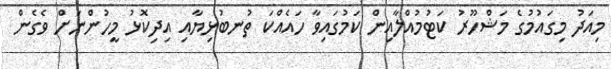
މިއަދު މިގައުމުގެ މަޝްހޫރު ކަޓުމުއްލާއިން ކަމުގައިވާ ހައެއްކަ ތުނބުޅިޔާއި އިދިކޮޅު މީހުންނަށް ވެގެން